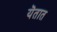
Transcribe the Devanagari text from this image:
यॆतात